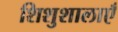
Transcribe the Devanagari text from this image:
शिशुशालाएँ